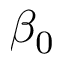
\beta _ { 0 }